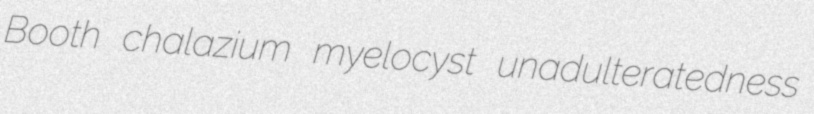
Booth chalazium myelocyst unadulteratedness